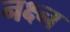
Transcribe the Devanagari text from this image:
नक्ष्न